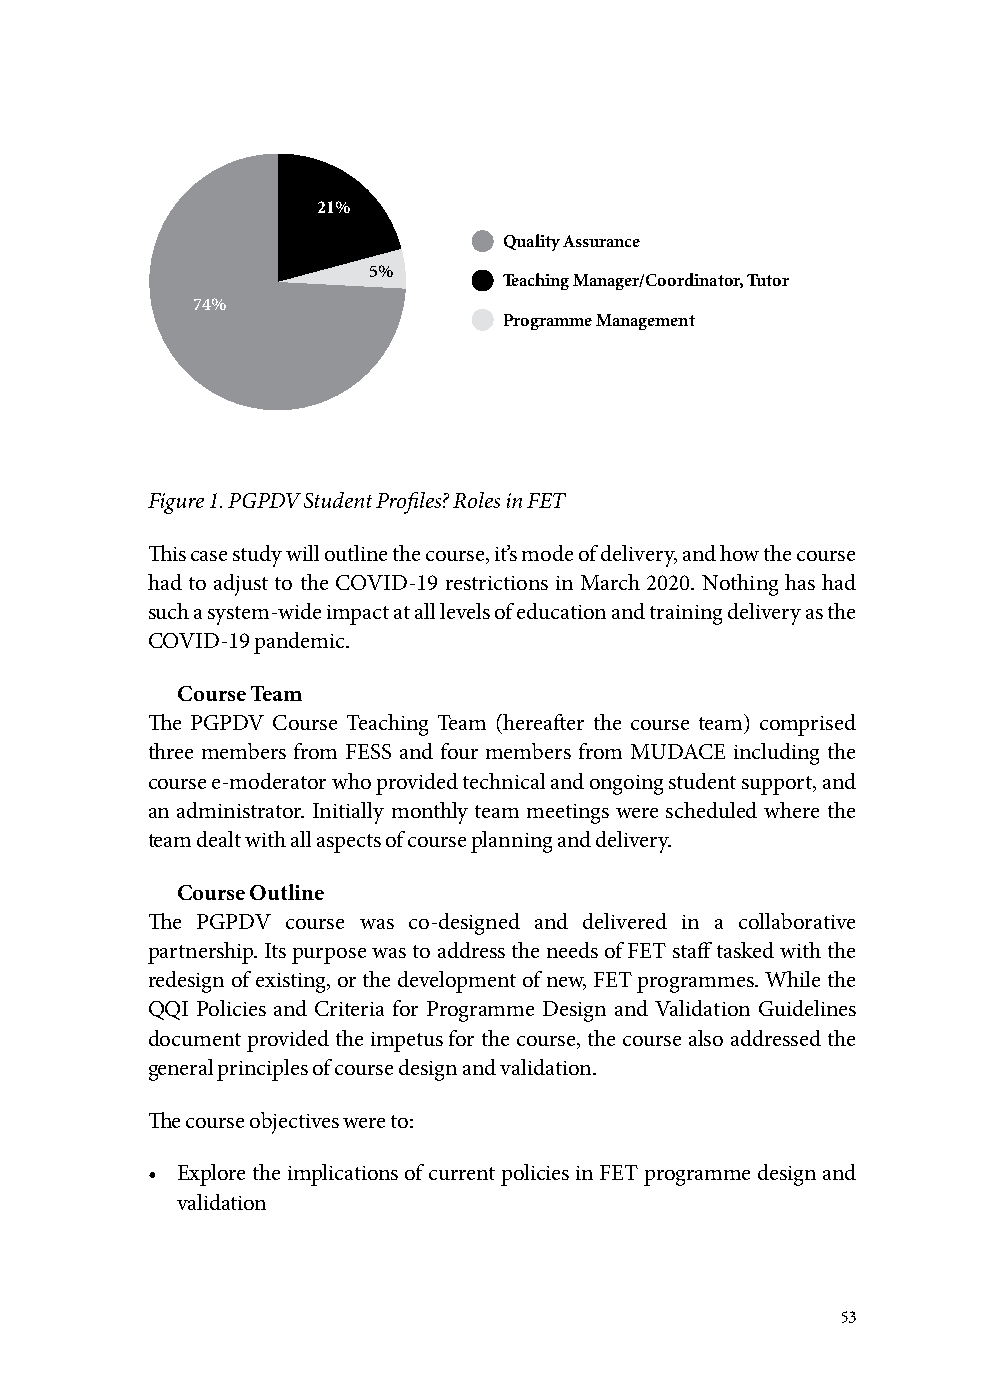
21%
 Quality Assurance
 5%
 Teaching Manager/Coordinator, Tutor
 74%
 Programme Management
 Figure 1. PGPDV Student Profiles? Roles in FET
 This case study will outline the course, it’s mode of delivery, and how the course
 had to adjust to the COVID-19 restrictions in March 2020. Nothing has had
 such a system-wide impact at all levels of education and training delivery as the
 COVID-19 pandemic.
 Course Team
 The PGPDV Course Teaching Team (hereafter the course team) comprised
 three members from FESS and four members from MUDACE including the
 course e-moderator who provided technical and ongoing student support, and
 an administrator. Initially monthly team meetings were scheduled where the
 team dealt with all aspects of course planning and delivery.
 Course Outline
 The PGPDV course was co-designed and delivered in a collaborative
 partnership. Its purpose was to address the needs of FET staff tasked with the
 redesign of existing, or the development of new, FET programmes. While the
 QQI Policies and Criteria for Programme Design and Validation Guidelines
 document provided the impetus for the course, the course also addressed the
 general principles of course design and validation.
 The course objectives were to:
 • Explore the implications of current policies in FET programme design and
 validation
 53